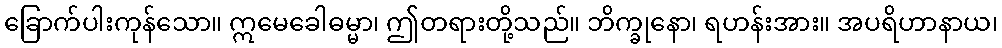
ခြောက်ပါးကုန်သော။ ဣမေခေါဓမ္မာ၊ ဤတရားတို့သည်။ ဘိက္ခုနော၊ ရဟန်းအား။ အပရိဟာနာယ၊